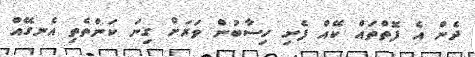
ދެން އެ ފޮތްތައް ކޭއް ފެށި ހިސާބުން ވަރަށް ގިނަ ކަންތެތި އެނގޭއް